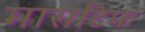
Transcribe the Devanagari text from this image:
मासटिफ